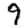
Digit: 9